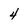
Character: 4